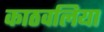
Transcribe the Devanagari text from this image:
काठवलिया